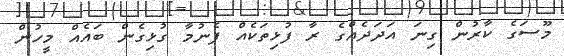
މޫސަގެ ކާރުން ގިނަ އަދަދެއްގެ ރާ ފުޅިތަކެއް ފެނުމާ ގުޅިގެން ބައެއް މީހުން